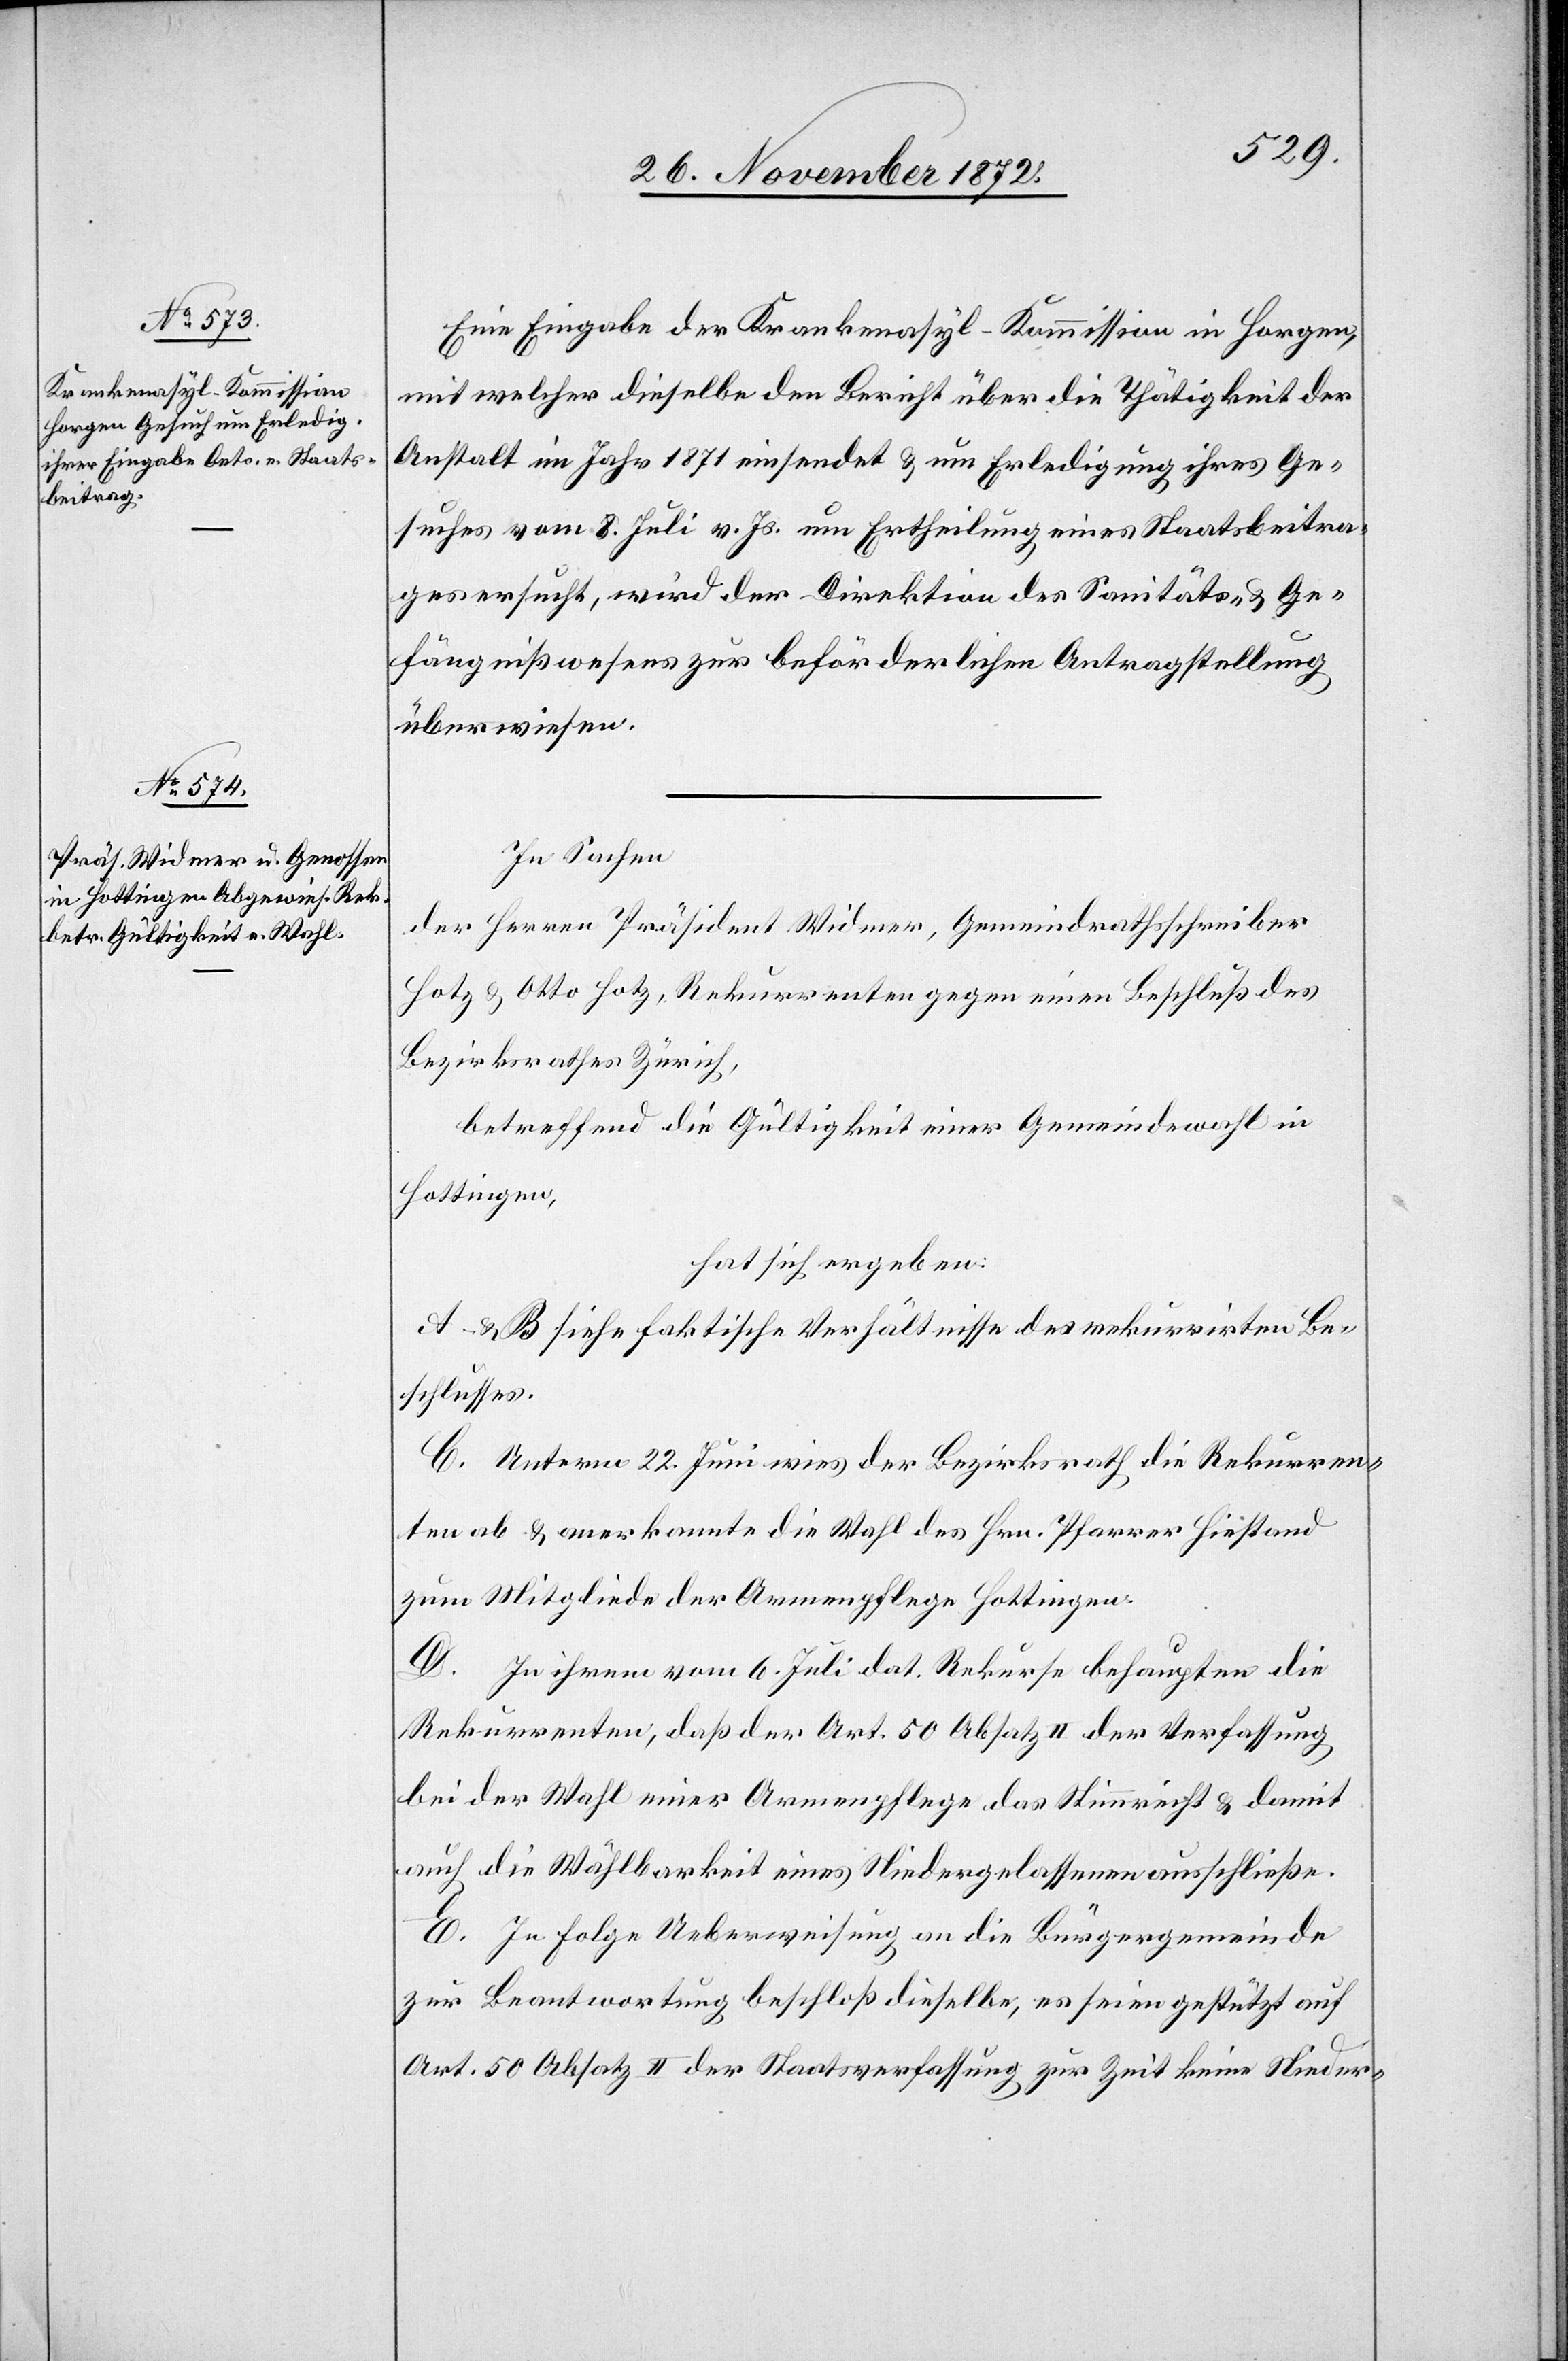
Eine Eingabe der Krankenasyl-Kommission in Horgen,
mit welcher dieselbe den Bericht über die Thätigkeit der
Anstalt im Jahr 1871 einsendet u. um Erledigung ihres Ge¬
suches vom 8. Juli v. Js. um Ertheilung eines Staatsbeitra¬
ges ersucht, wird der Direktion des Sanitäts- u. Ge¬
fängnißwesens zur beförderlichen Antragstellung
überwiesen.
In Sachen
der Herren Präsident Widmer, Gemeindrathsschreiber
Hotz u. Otto Hotz, Rekurrenten gegen einen Beschluß des
Bezirksrathes Zürich,
betreffend die Gültigkeit einer Gemeindewahl in
Hottingen,
hat sich ergeben:
A u. B siehe faktische Verhältnisse des rekurrirten Be¬
schlusses.
C. Unterm 22. Juni wies der Bezirksrath die Rekurren¬
ten ab u. anerkannte die Wahl des Hrn. Pfarrer Hiestand
zum Mitgliede der Armenpflege Hottingen.
D. In ihrem vom 6. Juli dat. Rekurse behaupten die
Rekurrenten, daß der Art. 50 Absatz II der Verfassung
bei der Wahl einer Armenpflege das Stimmrecht u. damit
auch die Wählbarkeit eines Niedergelassenen ausschließe.
E. In Folge Ueberweisung an die Bürgergemeinde
zur Beantwortung beschloß dieselbe, es seien gestützt auf
Art. 50 Absatz II der Staatsverfassung zur Zeit keine Nieder-